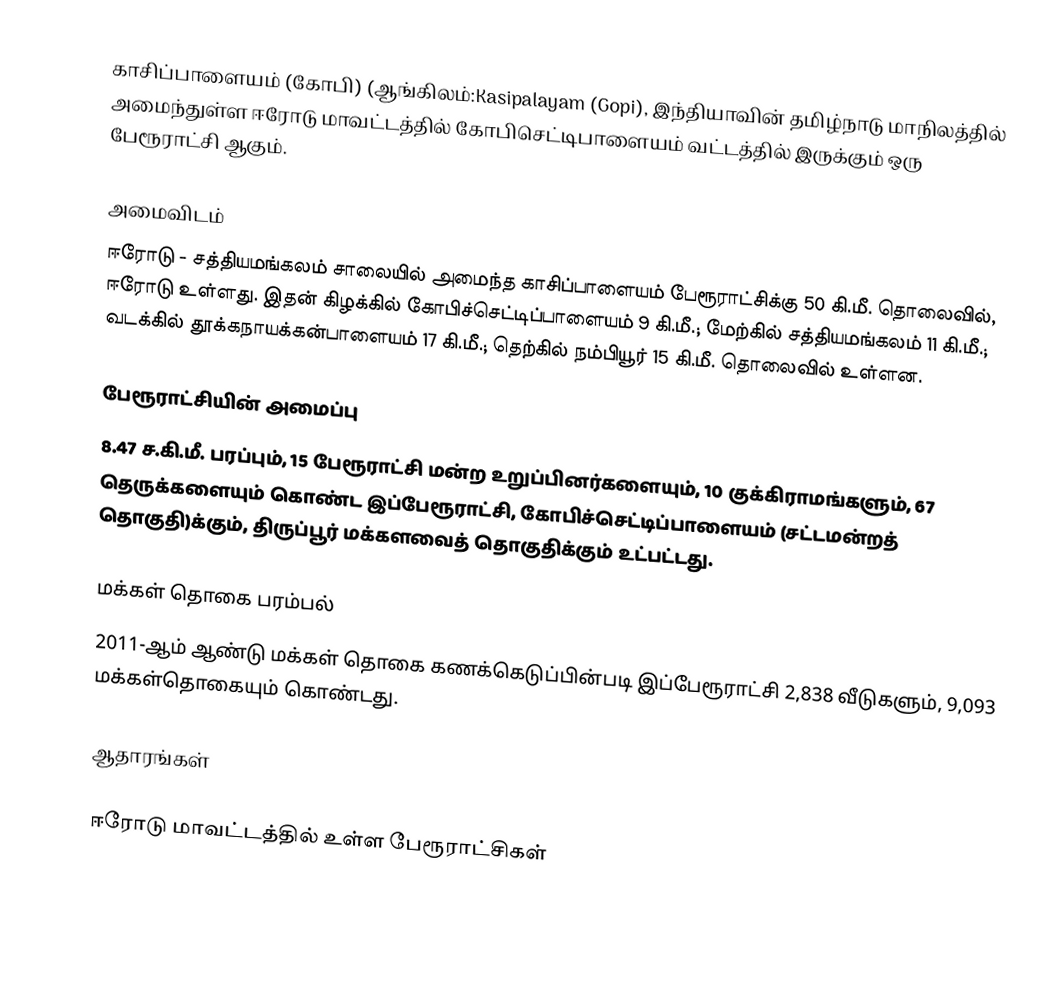
காசிப்பாளையம் (கோபி) (ஆங்கிலம்:Kasipalayam (Gopi), இந்தியாவின் தமிழ்நாடு மாநிலத்தில் அமைந்துள்ள ஈரோடு மாவட்டத்தில் கோபிசெட்டிபாளையம் வட்டத்தில் இருக்கும் ஒரு பேரூராட்சி ஆகும்.

அமைவிடம்
ஈரோடு - சத்தியமங்கலம் சாலையில் அமைந்த காசிப்பாளையம் பேரூராட்சிக்கு   50 கி.மீ. தொலைவில், ஈரோடு உள்ளது. இதன் கிழக்கில் கோபிச்செட்டிப்பாளையம் 9 கி.மீ.; மேற்கில் சத்தியமங்கலம் 11 கி.மீ.; வடக்கில் தூக்கநாயக்கன்பாளையம் 17 கி.மீ.; தெற்கில் நம்பியூர் 15  கி.மீ. தொலைவில் உள்ளன.

பேரூராட்சியின் அமைப்பு
8.47 ச.கி.மீ. பரப்பும், 15 பேரூராட்சி மன்ற  உறுப்பினர்களையும், 10 குக்கிராமங்களும், 67 தெருக்களையும் கொண்ட இப்பேரூராட்சி, கோபிச்செட்டிப்பாளையம்   (சட்டமன்றத் தொகுதி)க்கும், திருப்பூர் மக்களவைத் தொகுதிக்கும் உட்பட்டது.

மக்கள் தொகை பரம்பல்
2011-ஆம் ஆண்டு மக்கள் தொகை கணக்கெடுப்பின்படி  இப்பேரூராட்சி   2,838  வீடுகளும்,   9,093 மக்கள்தொகையும் கொண்டது.

ஆதாரங்கள்

ஈரோடு மாவட்டத்தில் உள்ள பேரூராட்சிகள்